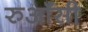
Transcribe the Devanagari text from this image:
रुआँसी